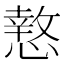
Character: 𭞫